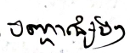
បញ្ហាផ្សេងៗ